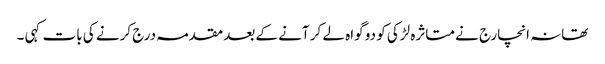
تھانہ انچارج نے متاثرہ لڑکی کو دو گواہ لے کر آنے کے بعد مقدمہ درج کرنے کی بات کہی ۔